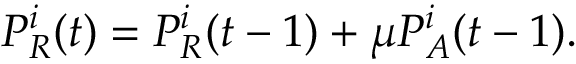
P _ { R } ^ { i } ( t ) = P _ { R } ^ { i } ( t - 1 ) + \mu P _ { A } ^ { i } ( t - 1 ) .